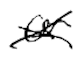
Text: or
Cross-out: cross
Writing tool: digital_black